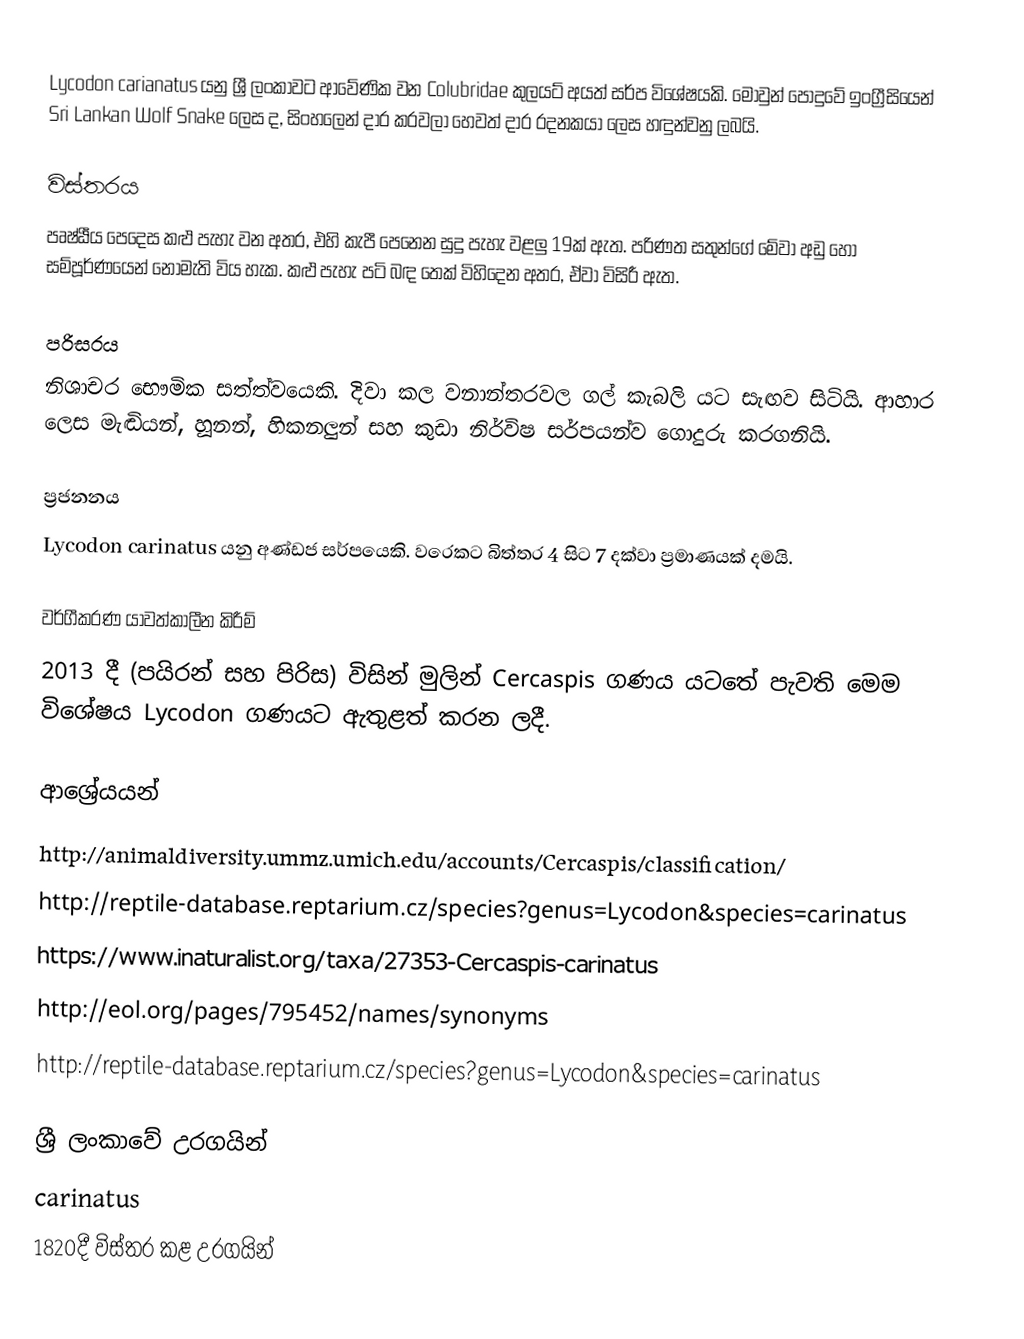
Lycodon carianatus යනු ශ්‍රී ලංකාවට ආවේණික වන Colubridae කුලයට් අයත් සර්ප විශේෂයකි. මොවුන් පොදුවේ ඉංග්‍රීසියෙන් Sri Lankan Wolf Snake ලෙස ද, සිංහලෙන් දාර කරවලා හෙවත් දාර රදනකයා ලෙස හඳුන්වනු ලබයි.

විස්තරය
පෘෂ්ඨීය පෙදෙස කළු පැහැ වන අතර, එහි කැපී පෙනෙන සුදු පැහැ වළලු 19ක් ඇත. පරිණත සතුන්ගේ මේවා අඩු හෝ සම්පූර්ණයෙන් නොමැති විය හැක. කළු පැහැ පටි බඳ තෙක් විහිදෙන අතර, ඒවා විසිරී ඇත.

පරිසරය
නිශාචර භෞමික සත්ත්වයෙකි. දිවා කල වනාන්තරවල ගල් කැබලි යට සැඟව සිටියි. ආහාර ලෙස මැඬියන්, හූනන්, හිකනලුන් සහ කුඩා නිර්විෂ සර්පයන්ව ගොදුරු කරගනියි.

ප්‍රජනනය
Lycodon carinatus යනු අණ්ඩජ සර්පයෙකි. වරෙකට බිත්තර 4 සිට 7 දක්වා ප්‍රමාණයක් දමයි.

වර්ගීකරණ යාවත්කාලීන කිරීම්
2013 දී (පයිරන් සහ පිරිස) විසින් මුලින් Cercaspis ගණය යටතේ පැවති මෙම විශේෂය Lycodon ගණයට ඇතුළත් කරන ලදී.

ආශ්‍රේයයන්
 http://animaldiversity.ummz.umich.edu/accounts/Cercaspis/classification/
 http://reptile-database.reptarium.cz/species?genus=Lycodon&species=carinatus
 https://www.inaturalist.org/taxa/27353-Cercaspis-carinatus
 http://eol.org/pages/795452/names/synonyms
 http://reptile-database.reptarium.cz/species?genus=Lycodon&species=carinatus

ශ්‍රී ලංකාවේ උරගයින්
carinatus
1820දී විස්තර කළ උරගයින්